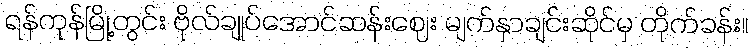
ရန်ကုန်မြို့တွင်း ဗိုလ်ချုပ်အောင်ဆန်းဈေး မျက်နှာချင်းဆိုင်မှ တိုက်ခန်း။